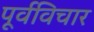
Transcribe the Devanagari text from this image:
पूर्वविचार